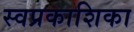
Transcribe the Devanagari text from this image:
स्वप्रकाशिका